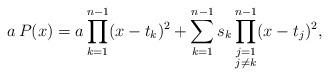
LaTeX: \begin{align*} a\,P(x)=a\prod_{k=1}^{n-1}(x-t_k)^2+\sum_{k=1}^{n-1}s_k\prod_{\substack{j=1\\j\neq k}}^{n-1}(x-t_j)^2,\end{align*}